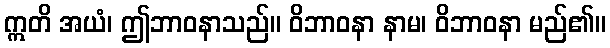
ဣတိ အယံ၊ ဤဘာဝနာသည်။ ဝိဘာဝနာ နာမ၊ ဝိဘာဝနာ မည်၏။